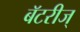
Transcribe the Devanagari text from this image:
बॅटरीज्